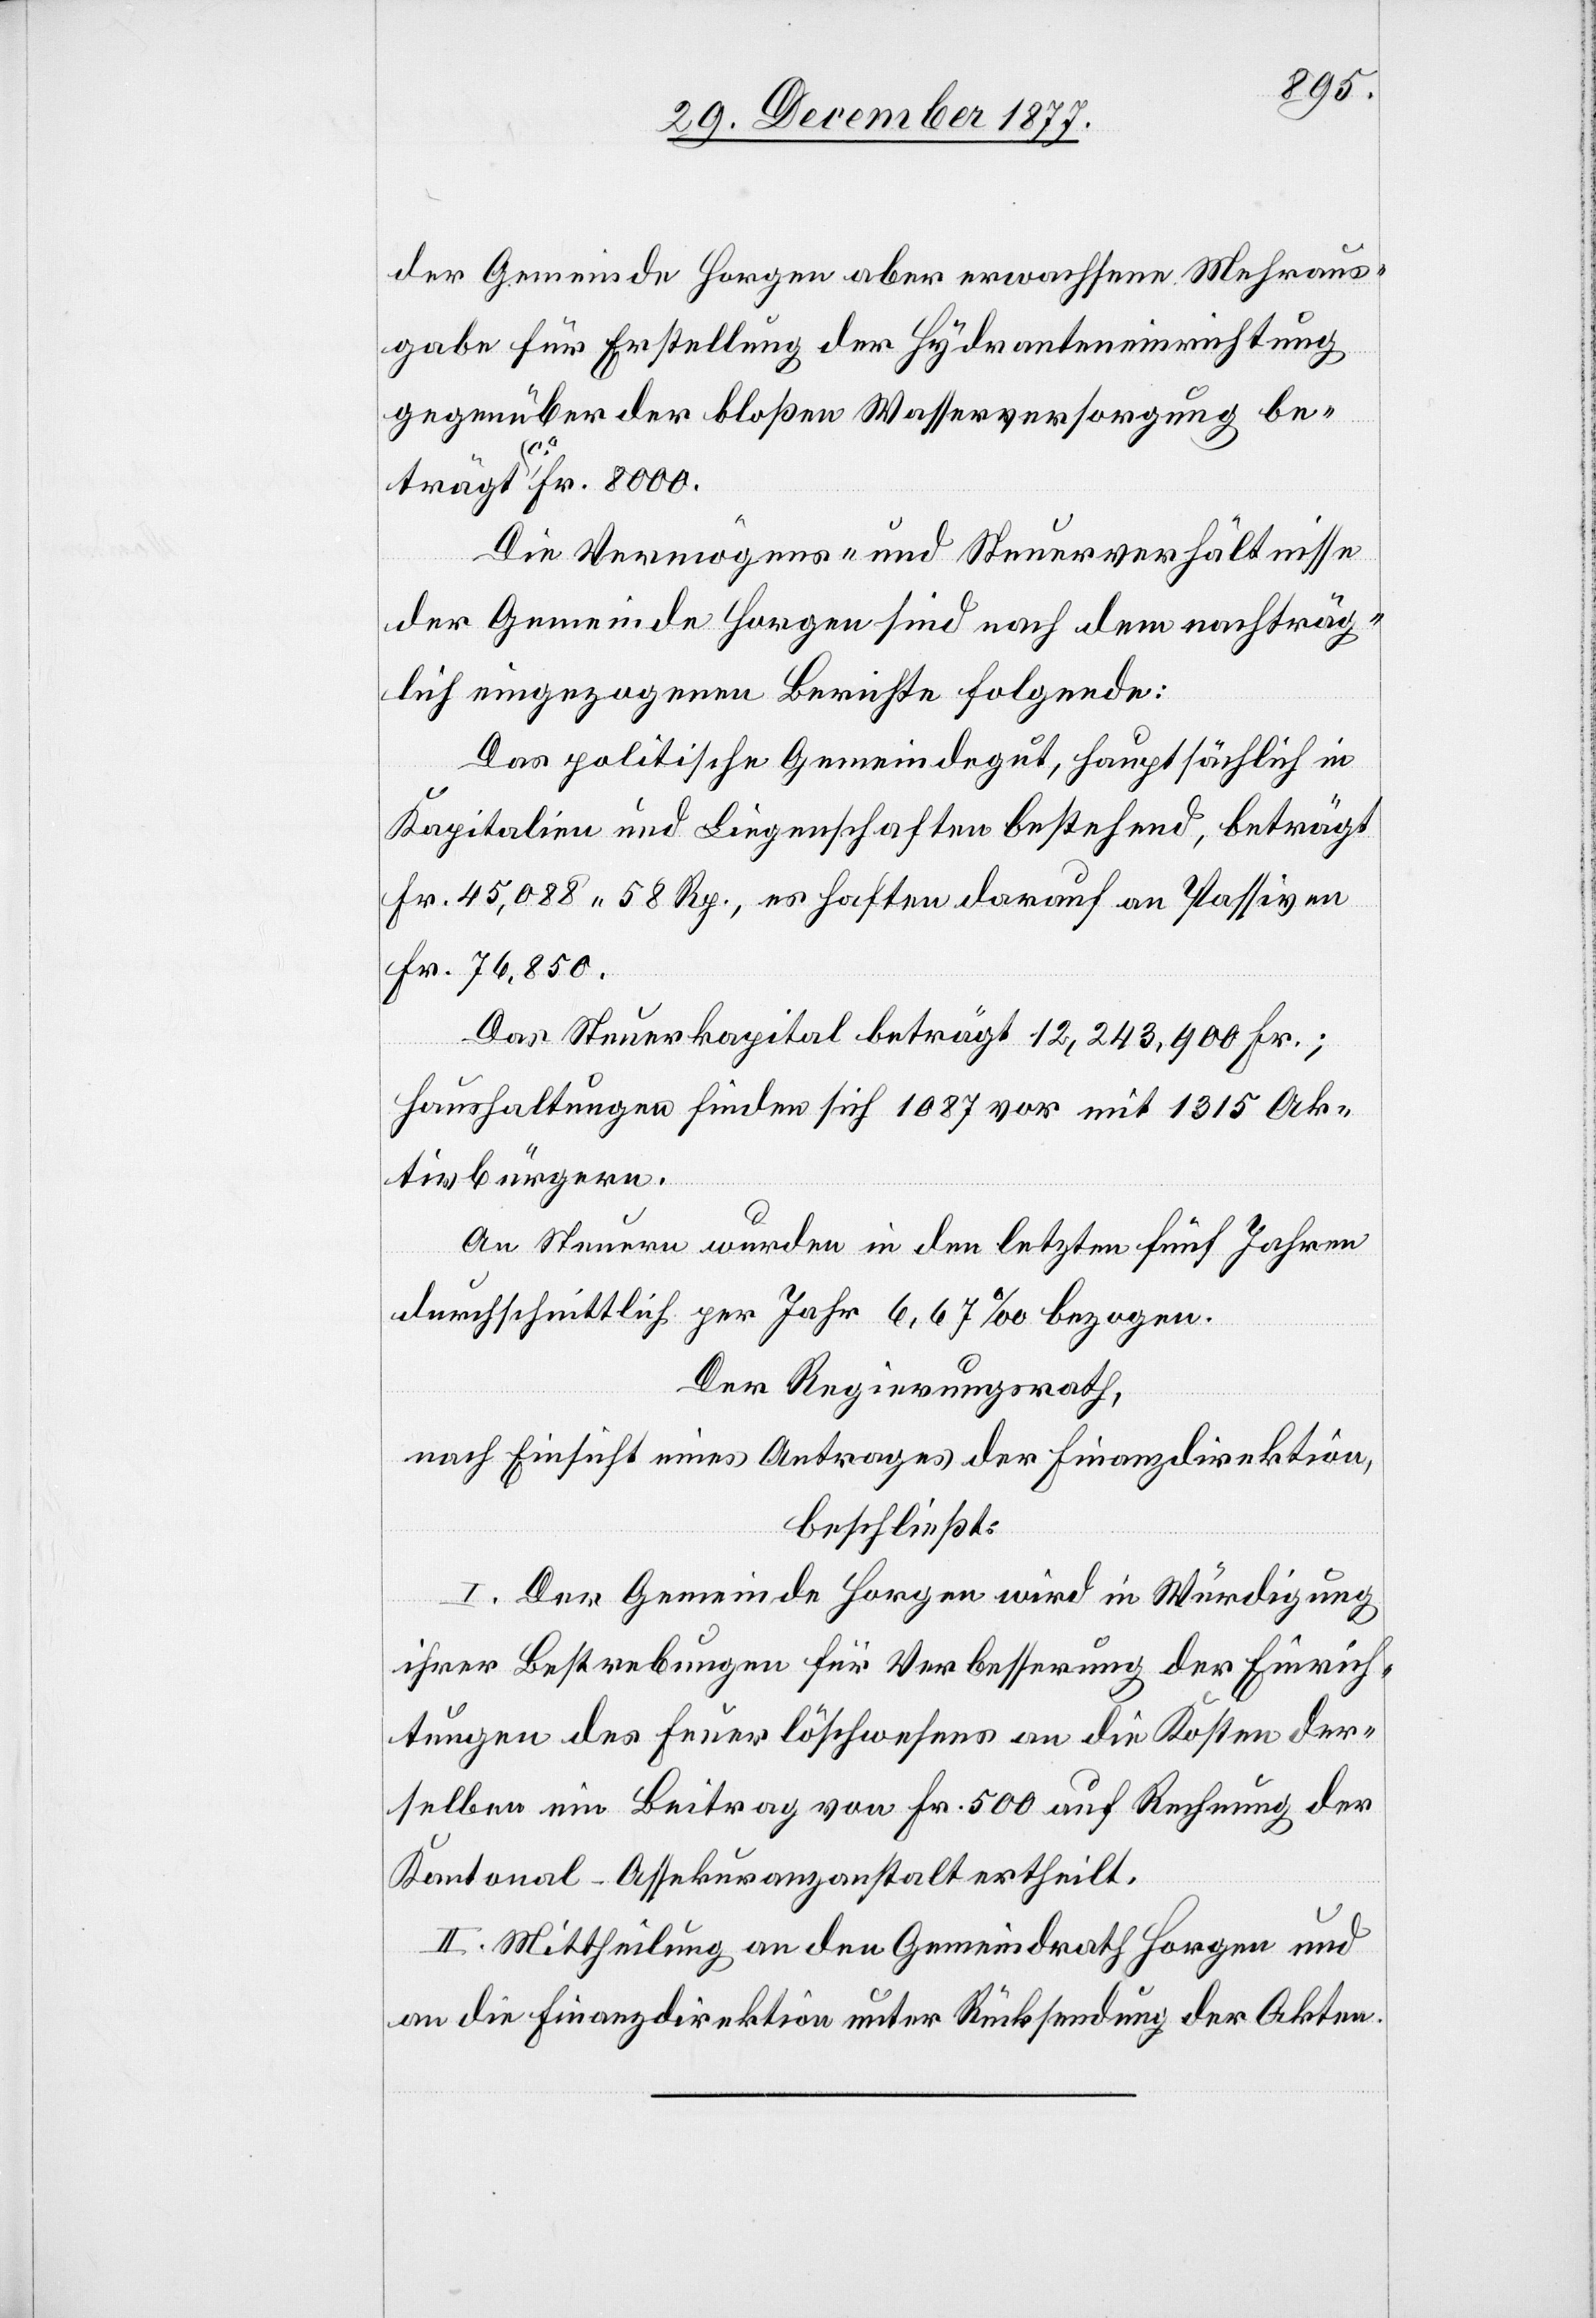
der Gemeinde Horgen aber erwachsene Mehraus¬
gabe für Erstellung der Hydranteneinrichtung
gegenüber der bloßen Wasserversorgung be¬
trägt ca Fr. 8000.
Die Vermögens- und Steuerverhältnisse
der Gemeinde Horgen sind nach dem nachträg¬
lich eingezogenen Berichte folgende:
Das politische Gemeindegut, hauptsächlich in
Kapitalien und Liegenschaften bestehend, beträgt
Fr. 45,088 58 Rp., es haften darauf an Passiven
Fr. 76,850.
Das Steuerkapital beträgt 12,243,900 Fr.;
Haushaltungen finden sich 1087 vor mit 1315 Ak¬
tivbürgern.
An Steuern wurden in den letzten fünf Jahren
durchschnittlich per Jahr 6,67‰ bezogen.
Der Regierungsrath,
nach Einsicht eines Antrages der Finanzdirektion,
beschließt:
I. Der Gemeinde Horgen wird in Würdigung
ihrer Bestrebungen für Verbesserung der Einrich¬
tungen des Feuerlöschwesens an die Kosten der¬
selben ein Beitrag von Fr. 500 auf Rechnung der
Kantonal-Assekuranzanstalt ertheilt.
II. Mittheilung an den Gemeindrath Horgen und
an die Finanzdirektion unter Rücksendung der Akten.